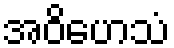
အဝိဟေသံ